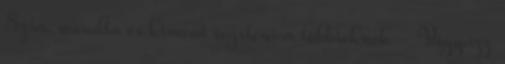
Szia. mondta és kiment segíteni a többieknek - Vigyázz